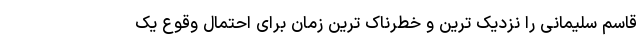
قاسم سلیمانی را نزدیک ترین و خطرناک ترین زمان برای احتمال وقوع یک